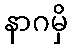
နာဂမှိ